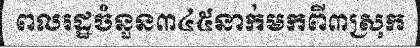
ពលរដ្ឋចំនួន៣៤៥នាក់មកពី៣ស្រុក